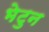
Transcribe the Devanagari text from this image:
भेटुन